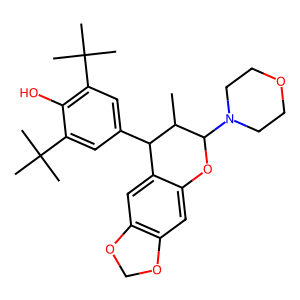
SMILES: CC1C(c2cc(C(C)(C)C)c(O)c(C(C)(C)C)c2)c2cc3c(cc2OC1N1CCOCC1)OCO3
Inhibits HIV replication: No